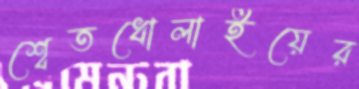
শ্বেতধোলাইয়ের